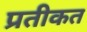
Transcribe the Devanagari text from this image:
प्रतीकत